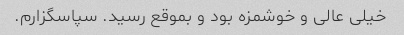
خیلی عالی و خوشمزه بود و بموقع رسید. سپاسگزارم.